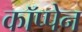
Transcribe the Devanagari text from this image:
कॉप्पेन